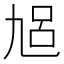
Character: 𠃳